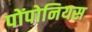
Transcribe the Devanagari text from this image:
पोंपोनियस